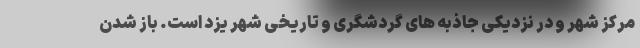
مرکز شهر و در نزدیکی جاذبه های گردشگری و تاریخی شهر یزد است. باز شدن